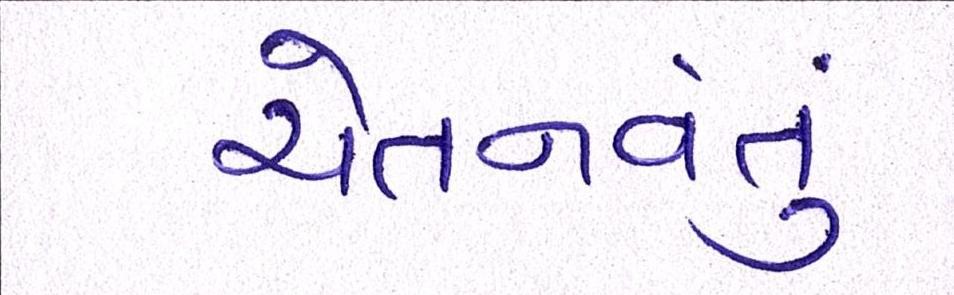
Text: ચેતનવંતું